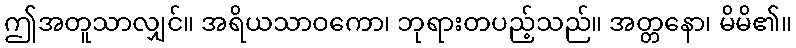
ဤအတူသာလျှင်။ အရိယသာဝကော၊ ဘုရားတပည့်သည်။ အတ္တနော၊ မိမိ၏။